Vital statistics of India. Vol. IV, Annual returns from 1871 to 1876. British Army of India, Native Army and jails of Bengal
Year: 1871
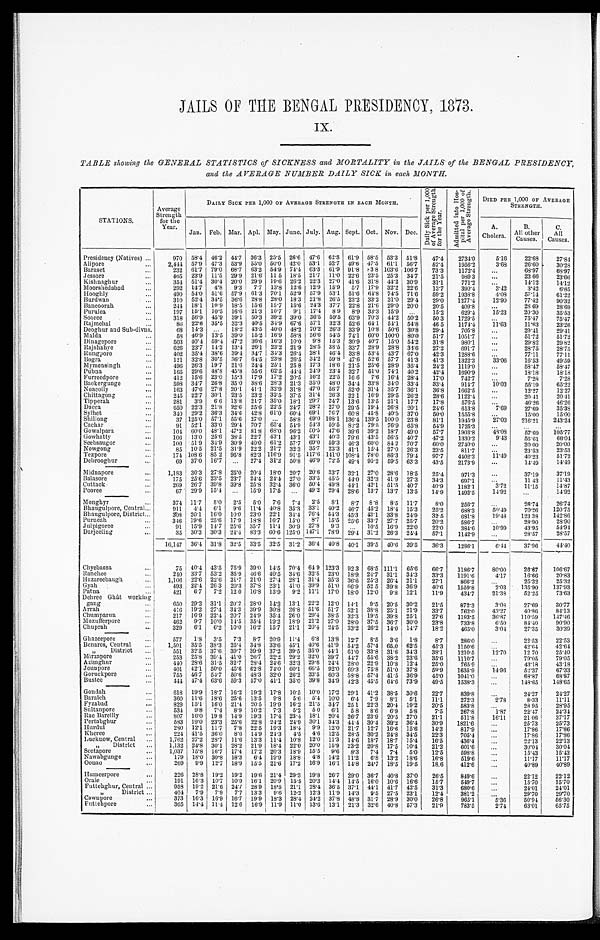
JAILS OF THE BENGAL PRESIDENCY, 1873.
IX.
TABLE showing the GENERAL STATISTICS of SICKNESS and MORTALITY in the JAILS of the BENGAL PRESIDENCY,
and the AVERAGE NUMBER DAILY SICK in each MONTH.
STATIONS.
Average
Strength for the
Year.
DAILY SICK PER 1,000 OF AVERAGE STRENGTH IN EACH MONTH.
D a i l y S i c k p e r 1 , 0 0 0 o f A v e r a g e S t r e n g t h f o r t h e Y e a r .
A d m i t t e d i n t o H o s - p i t a l p e r 1 , 0 0 0 o f A v e r a g e S t r e n g t h . DIED PER 1,000 OF AVERAGE
STRENGTH.
A.
Cholera.
B.
All other
Causes.
C.
All
Causes.
Jan. Feb. Mar. Apl. May. June. July. Aug. Sept. Oct. Nov. Dec.
Presidency (Natives) ...
970 58.4 46.2 44.7 36.3 25.5 26.6 47.6 62.8 61.9 58.5 53.3 51.8 47.4 2734.0
5.16 22.68 27. 84
A l i p o r e . . .
2 , 4 4 4 57.9 47.3 53.9 55.0 50.0 42.0 53.1 52.7 49.6 47.5 61.1 56.7 52.4 1956.2
3.68 26.60 30. 28
B a r a s e t . . .
232 61.7 79.0 68.7 63.2 54.9 74.4 63.3 61.9 91.8
8 3 . 8 103.6 106.7 73.3 1172.4
. . . 68.97 68.97
Jessore ...
465 23.9 11.5 29.9 21.6 11.5 18.5 21.7 11.0 22.6 23.5 25.3 34.7 21.5
9 8 9 . 3
. . . 23.66 23.66
K i s h n a g h u r . . .
354 51.4 30.4 20.0 29.9 19.6 26.2 22.3 27.0 41.6 31.8 44.2 30.9 31.1 771.2
. . . 14.12 14.12
Moorshedabad ...
292 14.7 4.8 9.3 7.7 13.8 12.6 12.9 15.9 5.7 17.9 32.2 22.6 13.7 390.4
3.42
3.42
6.85
H o o g h l y . . .
490 54.0 51.6 57.9 61.3 70.1 52.9 57.9 53.1 51.6 64.8 74.5 71.6 59.2 1938.8
4.08 57.14 61. 22
Burdwan ...
310 52.4 34.5 36.6 28.8 28.0 18.3 21.8 26.5 23.2 33.2 31.0 29.4 29.0 1277.4 12.90 77.42 90. 32
Bancoorah ...
244 18.1 10.9 18.5 15.6 15.7 15.6 24.3 37.7 22.8 21.6 29.0 20.0 20.5 409.8
. . . 28 69
28. 69
Purulea ...
197 15.1 10.5 16.6 21.3 10.7 9.1 17.4 8 9 8.9 33.3 15.9 . . .
15.2 629.4 15.23 20.30 35.53
Sooree ...
318 56.9 45.9 39.1 50.3 39.2 39.0 36.5 59.5 63.9 70.3 44.2 50.2
5 0 . 3 1729.5
. . . 75.47 75. 47
Rajmehal ...
86 22.6 35.5 32.3 40.5 34.9 67.6 57.1 32.3 52.6 64.1 54.1 54.8
4 6 . 5 1174.4 11.63 11.63 23. 26
Deoghur and Sub-divns.
68 14.3 . . . 18.2 43.5 40.0 48.2 70.2 26.3 33.9 10.8 50.6 30.8 29.4 705.8
. . . 29.41 29.41
Malda ...
58 46.9 13.5 39.0 15.2 16.9 58.8 56.6 54.5 74.1 60.0 100.0 80.0 51.7 1051.7
. . . 51.72 51. 72
Dinagepore ...
503 40.4 59.4 47.2 36.6 16.3 10.0 9.8 15.3 30.9 40.7 15.0 54.2 31.8 980.1
. . . 29.82 29. 82
Rajshahye ...
626
2 3 . 7 14.2 13.4 26.1 23.2 21.9 28.5 38.5 33.7 28.9 28.8 34.6 27.2 691.7
. . . 28.75 28.75
Rungpore ...
402 35.4 38.6 39.4 34.7 34.3 26.4 28.1 46.4 33.8 53.4 43.7 67.0 42.3 1288.6
. . . 77.11
7 7 . 1 1
Bogra ...
121 32.8 30.5 36.7 64.5 23.8 26.5 34.2 59.8 47.6 52.6 57.7 41.3 41.3 1322.3 33.06 16.53
4 9 . 5 9
Mymensingh ...
496 26.3 19.7 21.6 24.4 25.1
2 5 . 8 17.3 18.6 21.5 25.6 28.9 35.4 24.2 1119.0
. . . 58.47 58.47
Pubna ...
165 29.6 48.8 45.8 55.6 62.5
4 4 . 4 24.9 23.4 32.7 51.0 74.1 40.2 42.4 1690.9
. . . 18.18 18. 18
F u r r e e d p o r e . . .
412 15.6 23.0 15.3 17.9 17.2 20.5 16.2 22.5
1 6 . 6 7.6 16.4 28.4 17.0 742.7
...
7.28
7.28
Backergunge ...
598 34.7 26.8 35.0 38.6 28.3 21.3 35.0 48.0 34.4 33.8 34.0 33.4 33.4 914.7 10.03 55.19 65. 22
Noacolly ...
163 47.6 27.8 20.1 41.1 32.9 31.8 47.0 56.7 52.0 31.4 35.7 36.1 36.8 1662.5
. . . 12.27 12. 27
Chittagong ...
245 22.7 30.1 23.5 23.2 32.5 37.5 31.4 26.3 2 2 . 1 16.9 29.5 26.2 28.6 1122.4
. . . 20.41 20.41
T i p p e r a h . . .
281 3.9 6.6 13.8 21.7 35.0 18.1 29. 7 34.7 13.6 13.5 21.1 17.7 17.8 576.5
... 46.26
4 6 . 2 6
Dacca ...
650 22.3 21.8 22.6 25.6 22.5 24.7 28.2 27.0 29.5 19.4 26.8 20.1 24.6 613.8
7.69 27.69 35.38
S y l h e t . . .
340 29.2 36.3 34.6 42.8 61.0 60.4 69.1 76.7 60.8 45.8 40.5 37.0 50.0 1555.8
. . . 15.00 15. 00
S h i l l o n g . . .
37 125.0 57.1 55.6 27.0 . . . 58.8 69.0 108.1 136.4 139.5 100.0 23.8 81.1 1945.9 27.03 216.21 243. 24
Cachar ...
91 52.1 33.0 29.4 70.7 65.4 54.9 54. 3 59.5 82.2 79.5 76.9 65.8 54.9 1725.3
. . .
. . .
. . .
Gowalpara ...
104 60.0 48.1 47.2 81.8 68.0 96.2 50.5 47.6 39.6 39.2 18.7 49.0 57.7 1903.8
48. 08 57.69
1 0 5 . 7 7
Gowhatty ...
106 13.0 25.6 38.5 22.7 43.1 43.1 43.1 40.3 79.6 43.5 56.5 40.7 47.2 1330.2
9.43 56.61 66. 04
Seebsaugor ...
100 51.9 34.9 30.9 40.0 61.2 57.7 69.0 59.3 46.3 60.0
8 4 . 2 70.7 60.0 2740.0
. . . 20.00 20. 00
N o w g o n g . . .
8 5 10.5 21.5 31.9 22.2 21.7 32.3 35.7 23.3 41.1 15.4 27.0 26.3 23.5 811.7
. . . 23.53 23. 53
T e z p o r e . . .
174 108.6 85 2 95.8 82.3 116.9 91.5 117.6 141.0 108.4 78.0 86.3 79.4 97.7 4402.3 11.49 40.23
5 1 . 7 2
D e b r o o g h u r . . .
6 9 37.0 16.7
. . . 27.4 31.2 50.8 46.9 72.5 49.4 95.2 59.5 63.3 43.5 2173.9
. . . 14.49
1 4 . 4 9
M i d n a p o r e . . .
1,183 30.3 27.8 25.0 20.4 18.0 20.7 20.6 33.7 32.1 27.0 28.6 18.5 25.4 971.3
. . . 37.19 37. 19
Bal asore . . .
175 25.6 23.5 23.7 24.4 24.4 27.0 33.5 45.5
4 4 . 0 32.3 41.9 27.3 34.3 697.1
. . . 11 43
11. 43
Cuttack ...
269 26.7 39.8 39.8 25.8 32.4 36.0 50.4 49.8 44.1 42.1 51.5 40.7 40.9 1182.1
3.72 11.15
1 4 . 8 7
Pooree ...
67 29.9 15.4 . . . 15.9 17.5 . . . 49.2 29.4 28.6 13.7 13.7 13.5 14.9 1492.5 14.92
. . .
1 4 . 9 2
M o n g h y r . . .
3 7 4 11.7 8.0 2.5 5.0 7.6 7.4
2 . 5
8 . 1 8.7 8.8 8.5 11.7 8.0 256.7
. . . 26.74 26. 74
Bhaugulpore, Central ...
911 4.4 6.1 9.6 11.4 40.8 35.3 33.1 40.2 46.7 45.2 18.4 15.3 25.2 688.3 50.49 70.26
1 2 0 . 7 5
Bhaugulpore, District ...
308 20.1 16.0 10.0 23.0 22.1 34.4 76.4 54.3 45.3 43.1 33.8 24.9 32.5 681.8 19.48 123 38
1 4 2 . 8 6
P u r n e a h . . .
346 19.6 25.6 17.9 18.8 16.7 15.0 8.7 15.5 25.6 33.7 27.7 25.7 20.2 586.7
. . . 28.90
2 8 . 9 0
Julpigoree ...
9 1 15.9 14.7 25.6 35.7 11.4 30.9 27.8 9.3 . . . 10.5 16.9 22.0 22.0 384.6 10.99 43.95
5 4 . 9 4
Darjeeling ...
35 30.3 30.3 24.4 83.3 60.6 125.0 147.1 78.9 29.4 31.2 26.3 24.4 57.1 1142.9
. . . 28.57 28. 57
16,147 36.4 31.8 32.5 33.5 32.5 31.2 36.4 40.8 40.1 39.5 40.6 39.5 36.3 1286.1
6.44 37.96 44. 40
Chyebassa ...
75 40.4 43.5 75.9 39.0 14.5 70.4 64 9 123.3
9 2 . 3 68.5 111.1 65.6 66.7 1186.7 80.00 26.67 106. 67
R a n c h e e . . .
240 33.7 53.2 35.9 46.6 40.5 34.6 32.8 23.0 18.9 24.7 31.1 34.3 33.3 1191.6
4.17 16.66
2 0 . 8 3
Hazareebaugh ... 1,106 22.6 22.6 21.7 21.0 27.4 28.1 31.4 35.3 36.6 25.3 26.4 21.1 27.1 866.2
. . . 25.32
2 5 . 3 2
G y a h . . .
4 9 3 22.4 26.3 20.3 37.8 33.1 41.0 39.9 51.0 66.9
5 2 . 5 39.8 36.9 40.6 1559.8
2.03 135.90 137. 93
P a t n a . . .
4
2 1
6.7 7.2 12 0 16.8 13.9 9.2 11.1 17.0 18.0 12.0 9.8 12.1 11.9 434.7
21.38 52.25 73. 63
Dehree Ghât working gang ...
650 29.2 31.1 20.2 28.0 14.2 13.1 22.2 12.0 14.1 9.5 20.5 30.2 21.5 872.3
3.08 27.69 30. 77
Arrah ...
416 19.2 27.4 34.3 39.9 30.8 26.8 51.6 51.7 52.1 38.8 25.1 21.9 33.7 762.0 43.27 40.86 84. 13
Chumparun ...
2 1 7 16.9 22.4 20.7 24.9 35.4 26.0 29.4 38.5 32.3 19.5 39.8 25.1 27.6 1193.5 36.87 110.59 147. 46
M o z u f f e r p o r e . . .
462 9.7 10.0 14.5 35.4 19.2 18.9 21.2 27.0 28.0 37.5 36.7 30.0 23.8 733.8
6.50 84.40 90. 90
Chuprah ...
329 6.1 6.2 10.0 16.2 15.7 21.1 20.4 24.5 33.2 26.2 14.0 14.7 18.2 465.0
3.04
27.35 30. 39
G h a z e e p o r e . . .
577 1.8 3.5 7.3 8.7 20.9 11.4 6.8 13.8 12.7 8.5 3.6 1.8 8.7 286.0
. . . 22.53 22. 53
Benares, Central ... 1,501 35.5 38.3 25.4 34.8 33.6 45.1 40.6 41.9 54.2 57.4 65.0 62.5 45.3
1 1 5 0 . 6
. . . 42.64 42. 64
B e n a r e s , D i s t r i c t . . .
551 32.5 37.6 39.7 39.9 37.2 39.5 35.0 44.1 61.0 33.8 31.6 34.3 38.1 1210.5
12.70
12 70
25. 40
M i r z a p o r e . . .
253 25.8 39.4
4 1 . 0 26.7 22.2 29.2 32.0 39.7
4 4 . 7 55.6 38.2 23.6 35.6 1110.7
. . . 79.05 79. 05
Azimghur ...
440 28.6 31.5 32.7 28.4 24.6 32.3 29.6 24.4 28.0 22.9 10.8 12.4 25.0 765.9
... 43.18 43.13
Jounpore ...
401 42.1 50.0 45.6 62.8 74.0 60.1 66.5 92.0 69.3 75.8 51.0 37.8 59.9 1635.9
1 4 . 9 6 52.37 67. 33
G o r u c k p o r e . . .
755 46.7 54.7 50.6 48.3 32.0 26.2 33.5 60.3 58.8 57.4 41.5 36.9 45.0 1041.0
. . . 68.87 68. 87
B u s t e e . . .
444 47.4 63.6 59.3 57.0 41.1 35.0 39.8 34.9 42.3 45.5 64.6 73.9 49.5 1538.3
. . . 148.65 148. 65
G o n d a h . . .
618 19.9 18.7 16.2 19.2 17.8 10.5 10.0 17.2 29.1 41.2 38.5 30.6 22.7
8 3 9 . 8
. . . 24.27 24. 27
B a r a i c h . . .
3 6 0 11.6 18.6 25.6 13.5 9.8 5.6 5.4 10.0 6.4 7.9 8.1 5.1 11.1
272.3
2.78
8.33 11.11
Fyzabad ...
829 15.1 16.0 21.4 20.5 19.9 16.2 21.5 34.7
2 5 . 1 22.3 20.4 19.2 20.5 583.8
. . . 28 95 28. 95
Sultanpore ...
534 9.8 7.4 8.9 10.2 7.3 5.2 5 0 6.1
5 . 8 8.6 6.9 5.8 7.5 267.8
1.87 22.47 24. 34
Rae Bareilly ...
807 16.0 19 8 14.9 19.3 17.4 23.4 18.1 20.4 26.7 23.9 20.5 27.0 21.1
511.8 16.11 21 06
37. 17
Pertabghur ...
583 19.0 23.3 25.6 22.8 24.2 24.9 30.1 34.3 44.4 30.4 39.2 36.4 30.9 1821.6
. . . 25.73 25. 73
H u r d u i . . .
280 12.1 11.7 7.8 22.5 19.3 18.4 9.9 12.0 21.7 12.7 16.6 15.6 14.3 817.9
. . . 17.86 17. 86
K h e r e e . . .
224 41.5 36.0 8.6 14.9 24.3 4.5 4.6 12.5 28.5 30.2 24.8 34.5 22.3 705.4
. . . 17.86 17. 86
Lucknow, Central ... 1,762 27.2 28.7 11.6 13.3 11.4 10.8 12.0 11.3 14.6 18.7 18.7 15.4 16.5
4 3 6 . 4
. . . 22.13 22. 13
L u c k n o w , D i s t r i c t . . . 1,132 24.8 30.1 28.2 21.9 18.4 22.0 20.0 15.9 23.2 20.8 17.5 10.4 21.2
601.6
. . . 30.04 30. 04
Seetapore ...
1,037 15.8 16.7 17.4 17.2 20.3 18.9 15.5 9.6 8.3 7.4 7.4 5.0 12.5
598.8
. . . 15.43 15. 43
Nawabgunge
179 18.0 30.8 18.3 6.4 19.9 18.8 4.8 14.2 11.2 6.8 13.2 18.6 16.8 519.6
. . . 11.17
11.17
Oonao ...
269 9.9 12.7 18.9 15.5 21.6 17.2 16.9 16.1 14.8 24.7 18.5 19.5 18.6 412.6
. . . 40.89 40. 89
H u m e e r p o r e . . .
226 28.8 19.2 19.2 19.6 21.4 29.3 19.8 26.7 29.0 36.7 40.8 37.0 26.5 849.6
. . . 22.12 22. 12
O r a i e . . .
191 16.3 10.7 10.9 16.1 20.9 15.5 20.3 14.4 14.5 16.0 10.6 16.6 15.7 549.7
. . . 15.70 15. 70
Futtehghur, Central ...
958 19.2 21.6 24.7 28.9 18.5 21.1 28.4 36.5 37.1 44.1 41.7 42.5 31.3 680.6
. . . 24.01 24. 01
F u t t e h g h u r , D i s t r i c t . . .
404 7.9 7.9 7.7 13.3 9.6 12.2 12.3 11.9 14.3 9.5 27.5 23.1 12.4 381.2
. . . 29.70 29. 70
Cawnpore...
373 16.3 16.9 16.7 19.9 18.3 28.4 24.2 37.8 48.8 31.7 28.9 30.0 26.8 965.1
5.36 50.94 56. 30
Futtehpore ...
365
1 4 . 4 11.4 12.6 16.9 11. 9 11.0 13.6 13.1 21.3 32.6 40.8 57.3 21.9
783.5
2.74 63.01 65. 75